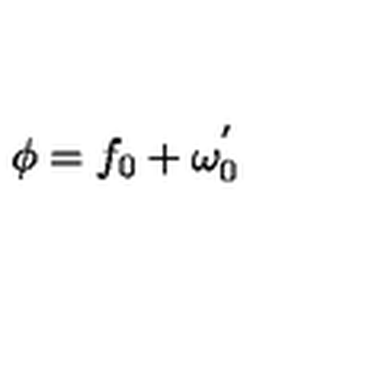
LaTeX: \phi = f _ { 0 } + \omega _ { 0 } ^ { ' }